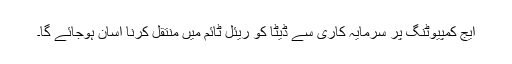
ایج کمپیوٹنگ پر سرمایہ کاری سے ڈیٹا کو ریئل ٹائم میں منتقل کرنا آسان ہوجائے گا۔